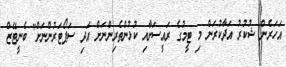
އަހަރެން ޝުކުރު އަދާކުރަން މި ޓީމުގެ ރައީސަށާއި ކުޅުންތެރިންނަށް އަދި ސަޕޯޓަރުންނަށް" ބެނީޓޭޒް